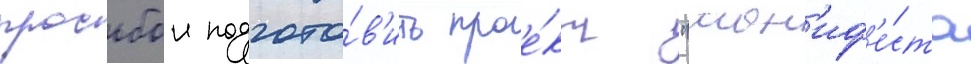
просьбои подгото́в'ить прое́кт "ман'иф'е́ста